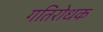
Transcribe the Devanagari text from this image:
गतिरोधक